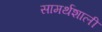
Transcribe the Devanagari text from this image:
सामर्थशाली